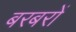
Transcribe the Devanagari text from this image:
बरबरों